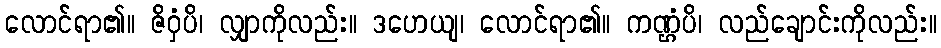
လောင်ရာ၏။ ဇိဝှံပိ၊ လျှာကိုလည်း။ ဒဟေယျ၊ လောင်ရာ၏။ ကဏ္ဌံပိ၊ လည်ချောင်းကိုလည်း။